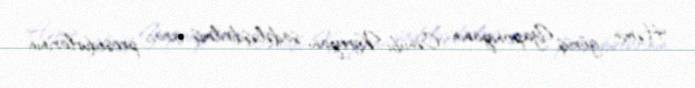
Həmin görüş Yaponiyanın Cənubi Koreyanı sadələşdirilmiş ixrac prosedurlarının